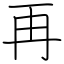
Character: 再